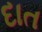
દાત